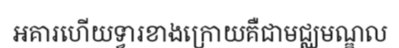
អគារហើយទ្វារខាងក្រោយគឺជាមជ្ឈមណ្ឌល